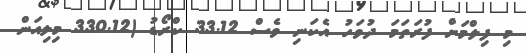
މި ފިލްމަށް ފުރަތަމަ ދުވަހު އެކަނި ވެސް 33.12 ކްރޯޑު (330.12 މިލިއަން